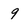
Character: 9